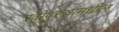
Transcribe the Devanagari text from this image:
स्त्रीपुरुषांमधील